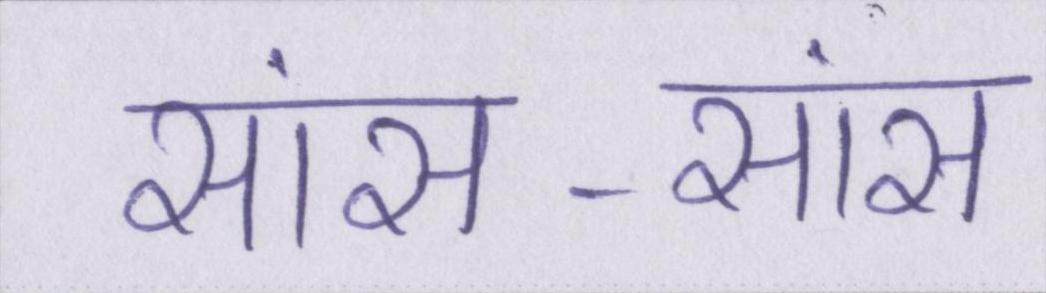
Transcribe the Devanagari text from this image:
सांस-सांस